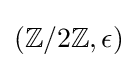
(\mathbb {Z} /2\mathbb {Z} ,\epsilon )